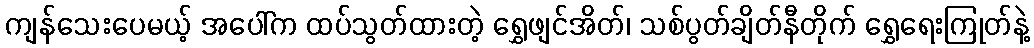
ကျန်သေးပေမယ့် အပေါ်က ထပ်သွတ်ထားတဲ့ ရွှေဖျင်အိတ်၊ သစ်ပွတ်ချိတ်နီတိုက် ရွှေရေးကြုတ်နဲ့